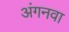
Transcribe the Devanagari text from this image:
अंगनवा